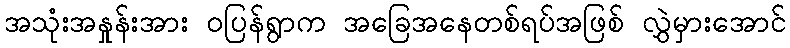
အသုံးအနှုန်းအား ဝပြန်ရွာက အခြေအနေတစ်ရပ်အဖြစ် လွှဲမှားအောင်